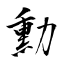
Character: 勳